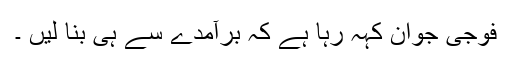
فوجی جوان کہہ رہا ہے کہ برآمدے سے ہی بنا لیں ۔